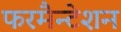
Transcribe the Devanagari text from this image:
फरमैन्टेशन